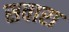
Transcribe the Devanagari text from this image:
सवारा